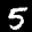
Label: 5